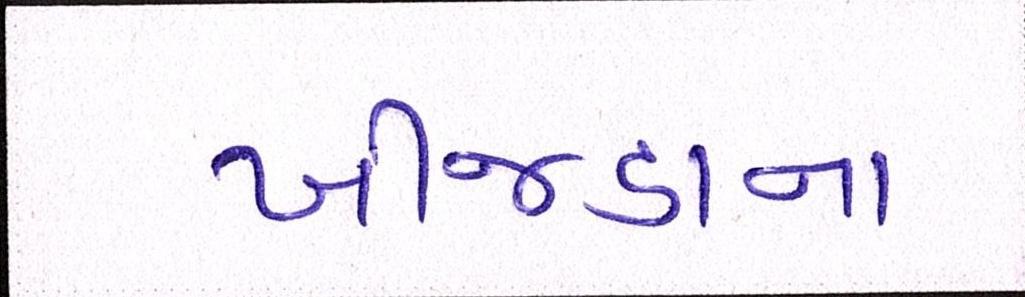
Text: ખીજડાના